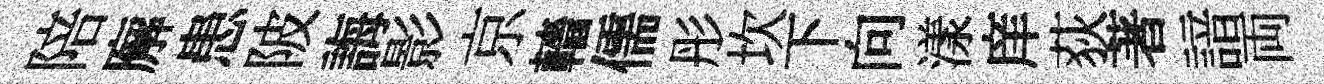
陪廨患陂誨影京轖儒彤坎下向漾庠荻著諳両